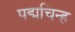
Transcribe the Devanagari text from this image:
पद्मचिन्ह